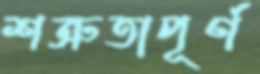
শত্রুতাপূর্ণ